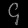
Digit: ၄